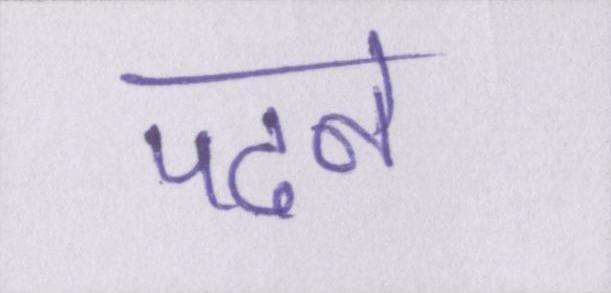
पढने